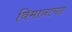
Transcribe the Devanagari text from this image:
विमानाचाा